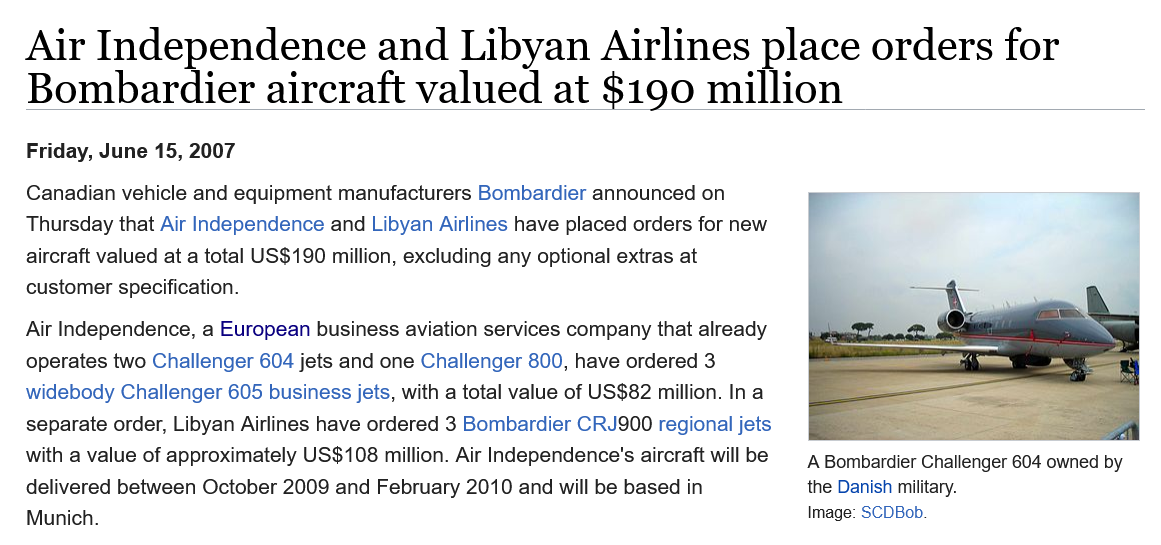
Air    Independence    and  Libyan    Airlines    place    orders    for
   Bombardier    aircraft    valued    at  $190    million
   Canadian vehicle and equipment manufacturers Bombardier announced on
   Thursday that Air Independence and Libyan Airlines have placed orders for new
   aircraft valued at a total US$190 million, excluding any optional extras at
   customer specification.
   Air Independence, a European business aviation services company that already
   operates two Challenger 604 jets and one Challenger 800, have ordered 3
   widebody Challenger 605 business jets, with a total value of US$82 million. Ina
   separate order, Libyan Airlines have ordered 3 Bombardier CRJ900 regional jets
   with a value of approximately US$108 million. Air Independence's aircraft will be
   delivered between October 2009 and February 2010 and will be based in
   Munich.
     A Bombardier Challenger 604 owned by
     the Danish military.
     Image: SCDBob.
   Friday, June 15, 2007